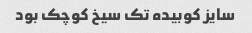
سایز کوبیده تک سیخ کوچک بود